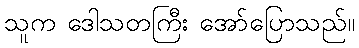
သူက ဒေါသတကြီး အော်ပြောသည်။